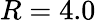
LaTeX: R=4.0